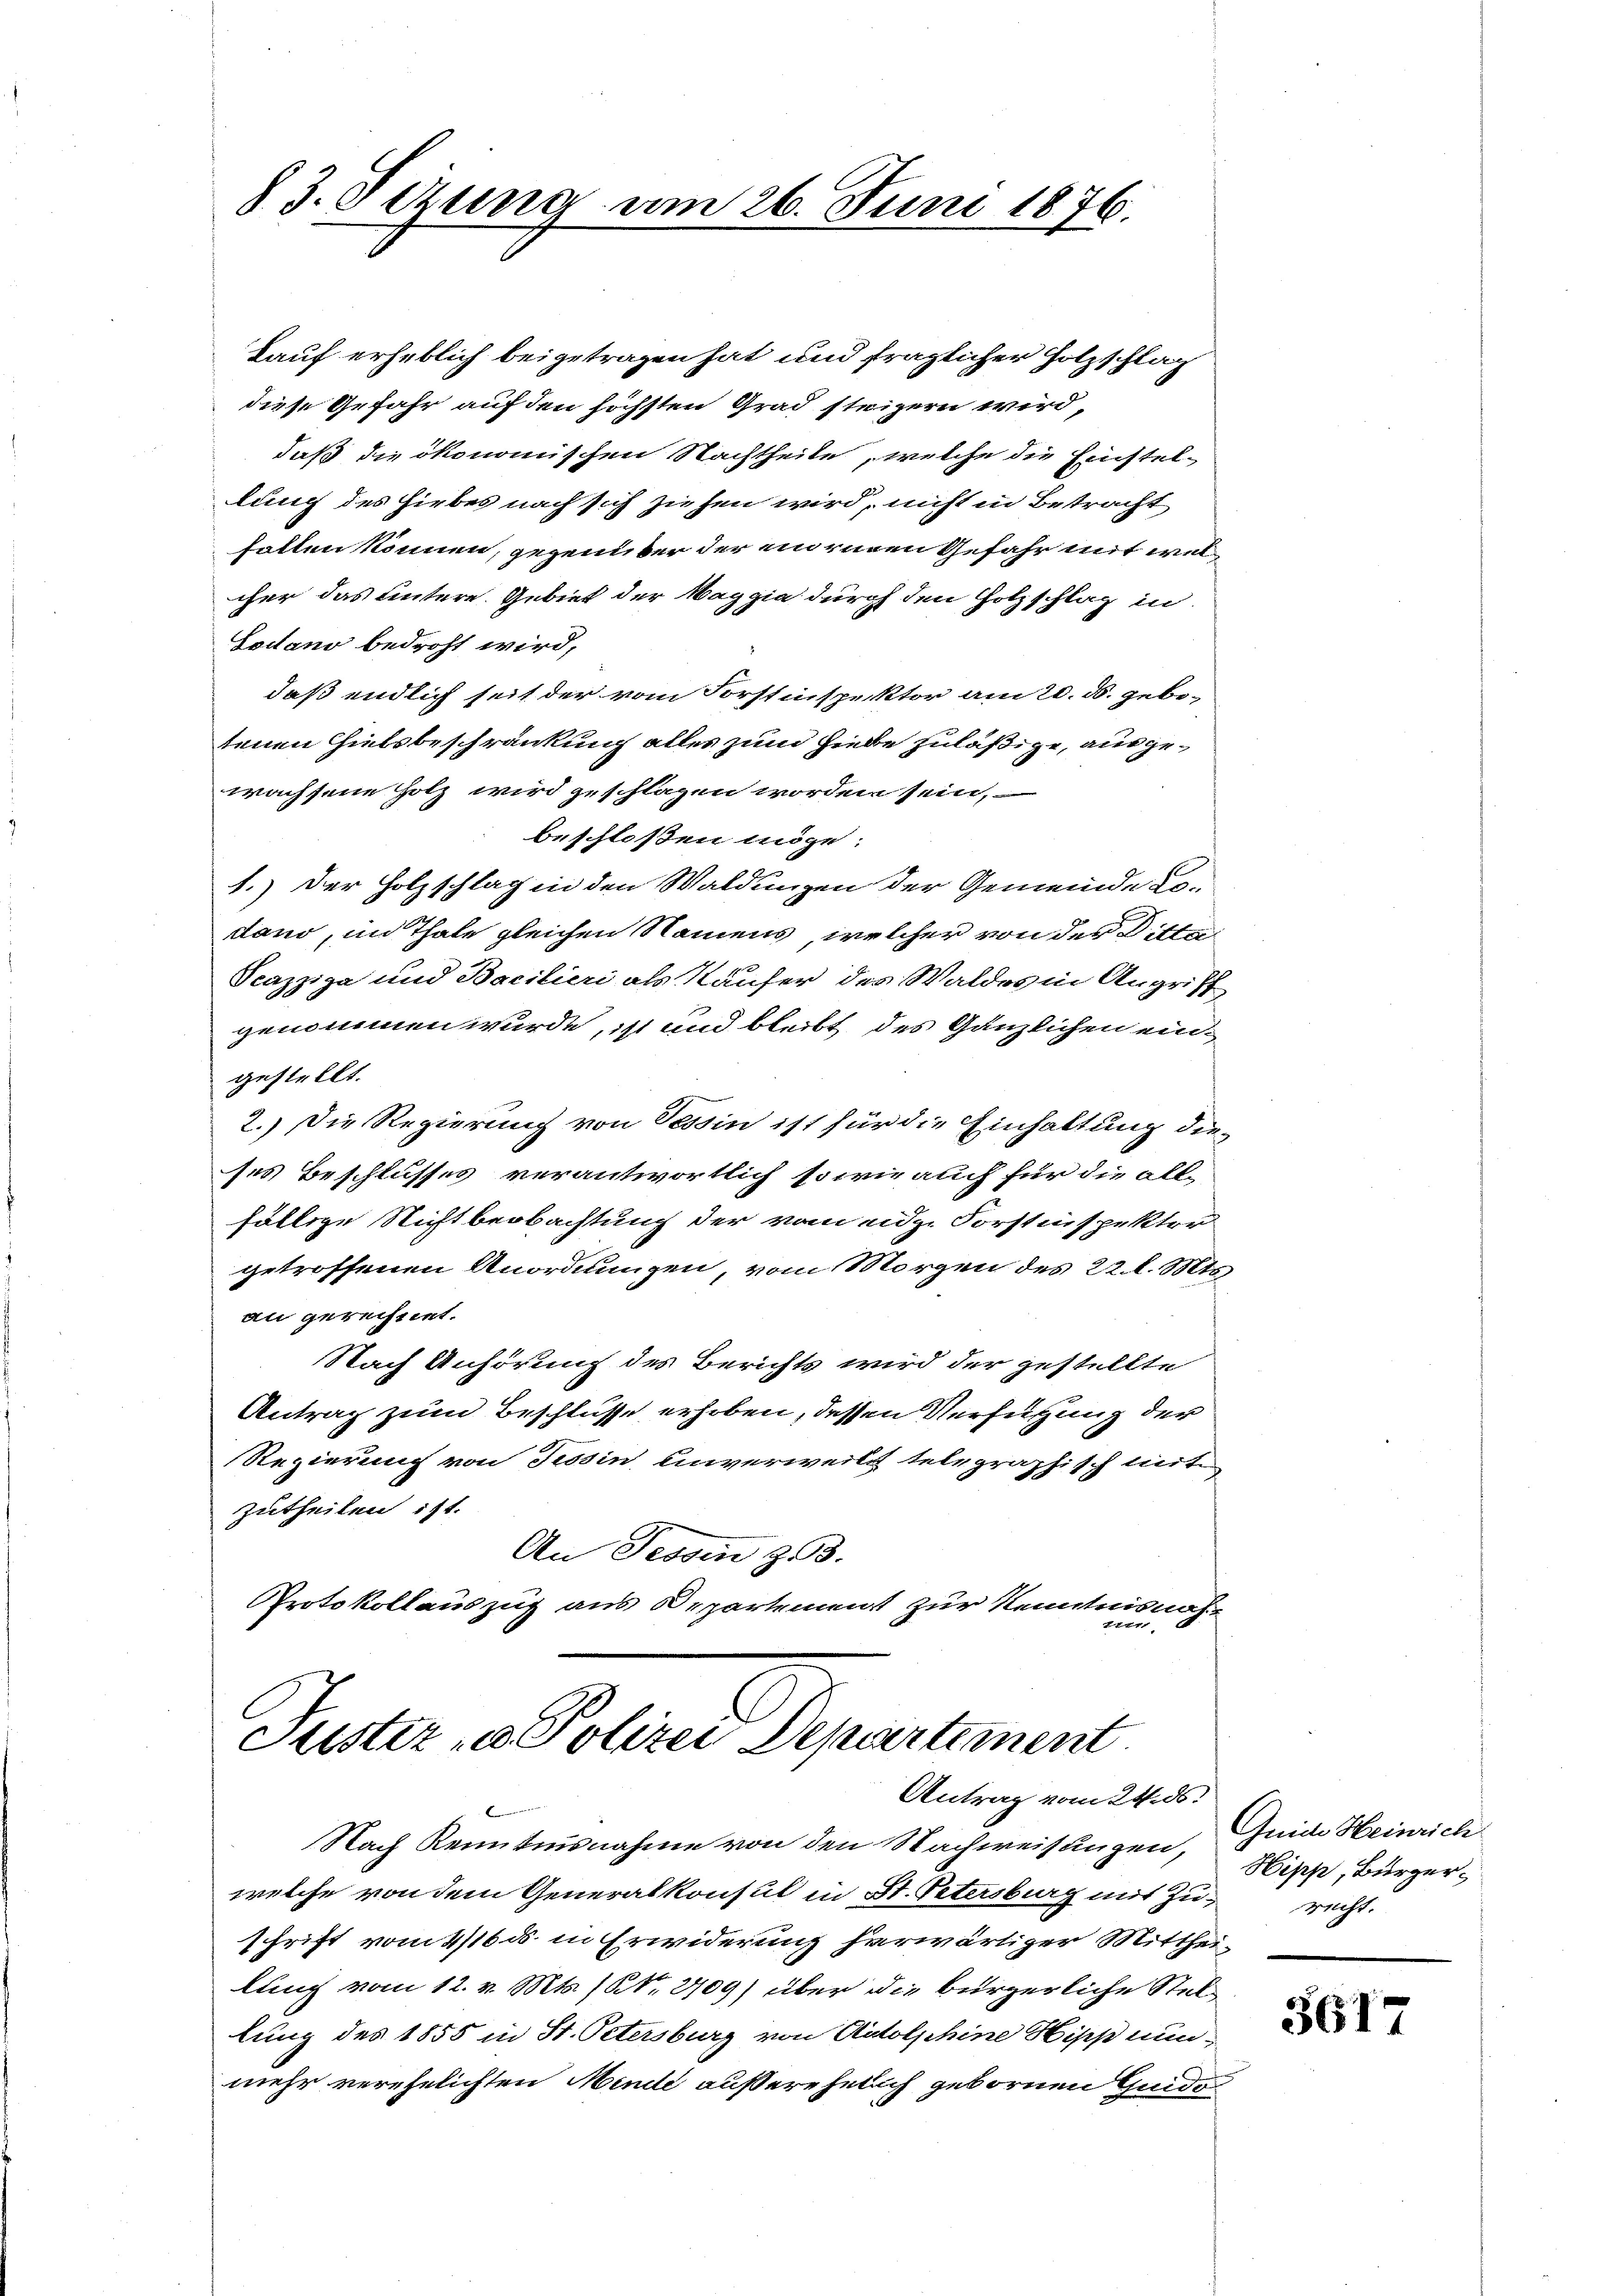
83. Sezung am 26. Juni 1876.

tenen Zielsbeschränkung alles zum Hiebe zuläßige, ausgewachsene Holz wird geschlagen worden sein,
beschloßen möge:
1.) Der Holzschlag in den Waldungen der Gemeinde Lodano, im Thate gleichen Namens, welcher von der Ditte
Scazziza und Bacilieri als Käufer des Waldes in Angriff
genommen wurde, ist und bleibt des Gänzlichen eingestellt.
2.) Die Regierung von Tessin ist für die Einhaltung dieses Beschlusses verantwortlich so wie auch für die allfällige Nichtbeobachtung der vom eidg. Forstinspektor
getroffenen Anordnungen, vom Morgen des 22. l. Mts.
an gerechnet.
Nach Anhörung des Berichts wird der gestellte
Antrag zum Beschlusse erhoben, dessen Verfügung der
Regierung von Tessin unverweit telegraphisch mit
zutheilen ist.
An Tessin 353.
Protokollauszug aus Departement zur Kenntnisnahter

Lauf erheblich beigetragen hat und fraglicher Holzschlag
diese Gefahr auf den höchsten Grad steigern wird,
daß die ökonomischen Nachtheile, welche die Einstellung des Hiebes nach sich zusen wird, nicht in Betracht
falten können, gegenüber der ein einen Gefahr mit welcher das untere Gebiet der Maggia durch den Holzschlag in
Sodano bedroht wird,
daß endlich seit der vom Forstinspektor am 20. ds. gebe¬

Nach Kenntnisnahme von den Nachweisungen, Juide Heinrich
welche von dem Generalkonsul in St. Petersburg mit zu recht.
schrift vom 4/16 ds. in Erwiderung herwärtiger Mittheilung vom 12. v. Mts. (NNo. 2709) über die bürgerliche Stellung des 1855 in St. Petersburg von Adolphine Hipp nunmehr verehelichten Mende außerehelich gebornen finde

Justiz- u. Polizei Departement
Antrag vom 24. ds.

Hipp, Bürger

3617